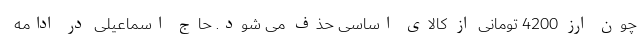
چون ارز 4200 تومانی از کالای اساسی حذف می شود. حاج اسماعیلی در ادامه